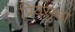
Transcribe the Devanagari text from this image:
प्रियसुधा